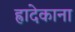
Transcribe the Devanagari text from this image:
ह्रादेकाना